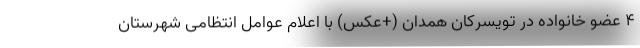
4 عضو خانواده در تویسرکان همدان (+عکس) با اعلام عوامل انتظامی شهرستان